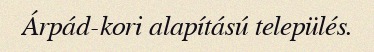
Árpád-kori alapítású település.